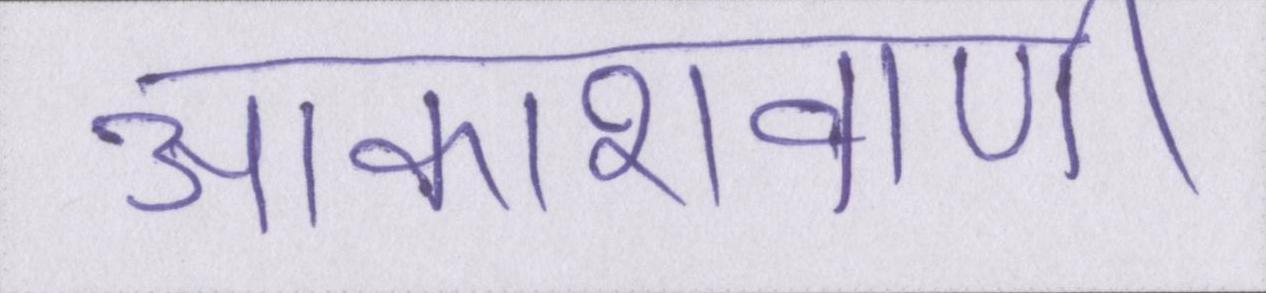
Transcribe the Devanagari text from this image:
आकाशवाणी